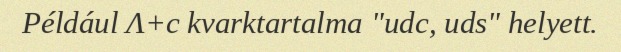
Például Λ+c kvarktartalma "udc, uds" helyett.